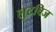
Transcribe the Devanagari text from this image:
लुटविज